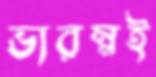
ভারম্নই